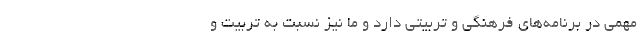
مهمی در برنامه‌های فرهنگی و تربیتی دارد و ما نیز نسبت به تربیت و